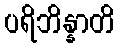
ပရိဘိန္နာတိ